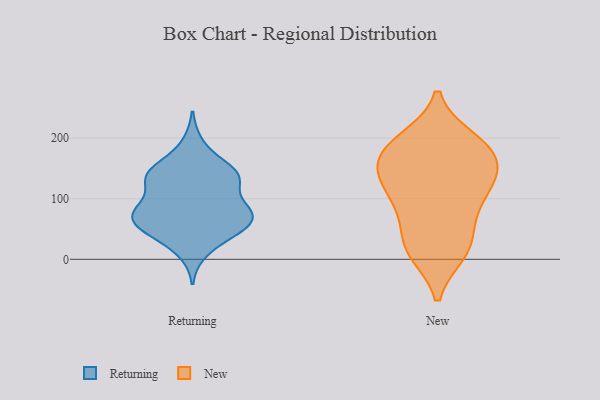
{"axis": {"x": "Customer Acquisition Cost (USD)", "y": "Value"}, "legend": ["New", "Returning"], "data": [{"x": "", "y": 129, "type": "Returning"}, {"x": "", "y": 64, "type": "Returning"}, {"x": "", "y": 49, "type": "Returning"}, {"x": "", "y": 81, "type": "Returning"}, {"x": "", "y": 75, "type": "Returning"}, {"x": "", "y": 80, "type": "Returning"}, {"x": "", "y": 133, "type": "Returning"}, {"x": "", "y": 190, "type": "Returning"}, {"x": "", "y": 85, "type": "Returning"}, {"x": "", "y": 13, "type": "Returning"}, {"x": "", "y": 70, "type": "Returning"}, {"x": "", "y": 135, "type": "Returning"}, {"x": "", "y": 40, "type": "Returning"}, {"x": "", "y": 47, "type": "Returning"}, {"x": "", "y": 84, "type": "Returning"}, {"x": "", "y": 143, "type": "Returning"}, {"x": "", "y": 146, "type": "Returning"}, {"x": "", "y": 148, "type": "Returning"}, {"x": "", "y": 133, "type": "Returning"}, {"x": "", "y": 57, "type": "Returning"}, {"x": "", "y": 198, "type": "New"}, {"x": "", "y": 17, "type": "New"}, {"x": "", "y": 117, "type": "New"}, {"x": "", "y": 171, "type": "New"}, {"x": "", "y": 11, "type": "New"}, {"x": "", "y": 163, "type": "New"}, {"x": "", "y": 185, "type": "New"}, {"x": "", "y": 198, "type": "New"}, {"x": "", "y": 137, "type": "New"}, {"x": "", "y": 37, "type": "New"}, {"x": "", "y": 132, "type": "New"}, {"x": "", "y": 77, "type": "New"}, {"x": "", "y": 79, "type": "New"}, {"x": "", "y": 13, "type": "New"}, {"x": "", "y": 107, "type": "New"}, {"x": "", "y": 141, "type": "New"}, {"x": "", "y": 175, "type": "New"}]}